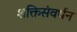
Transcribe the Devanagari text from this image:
शक्तिसंवर्धन